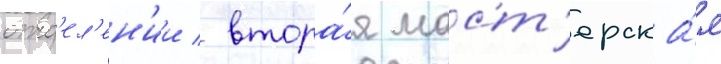
отд'ел'ен'ии / втора́я маст'ерска́я